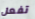
تفعل